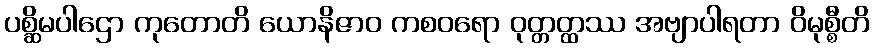
ပစ္ဆိမပါဌော ကုတောတိ ယောနိဇာဝ ကစဝရော ဝုတ္တတ္ထဿ အဗျာပါရတာ ဝိမုစ္စီတိ